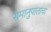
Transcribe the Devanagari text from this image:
समानुपाताचा